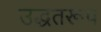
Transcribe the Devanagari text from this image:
उद्धतरूप